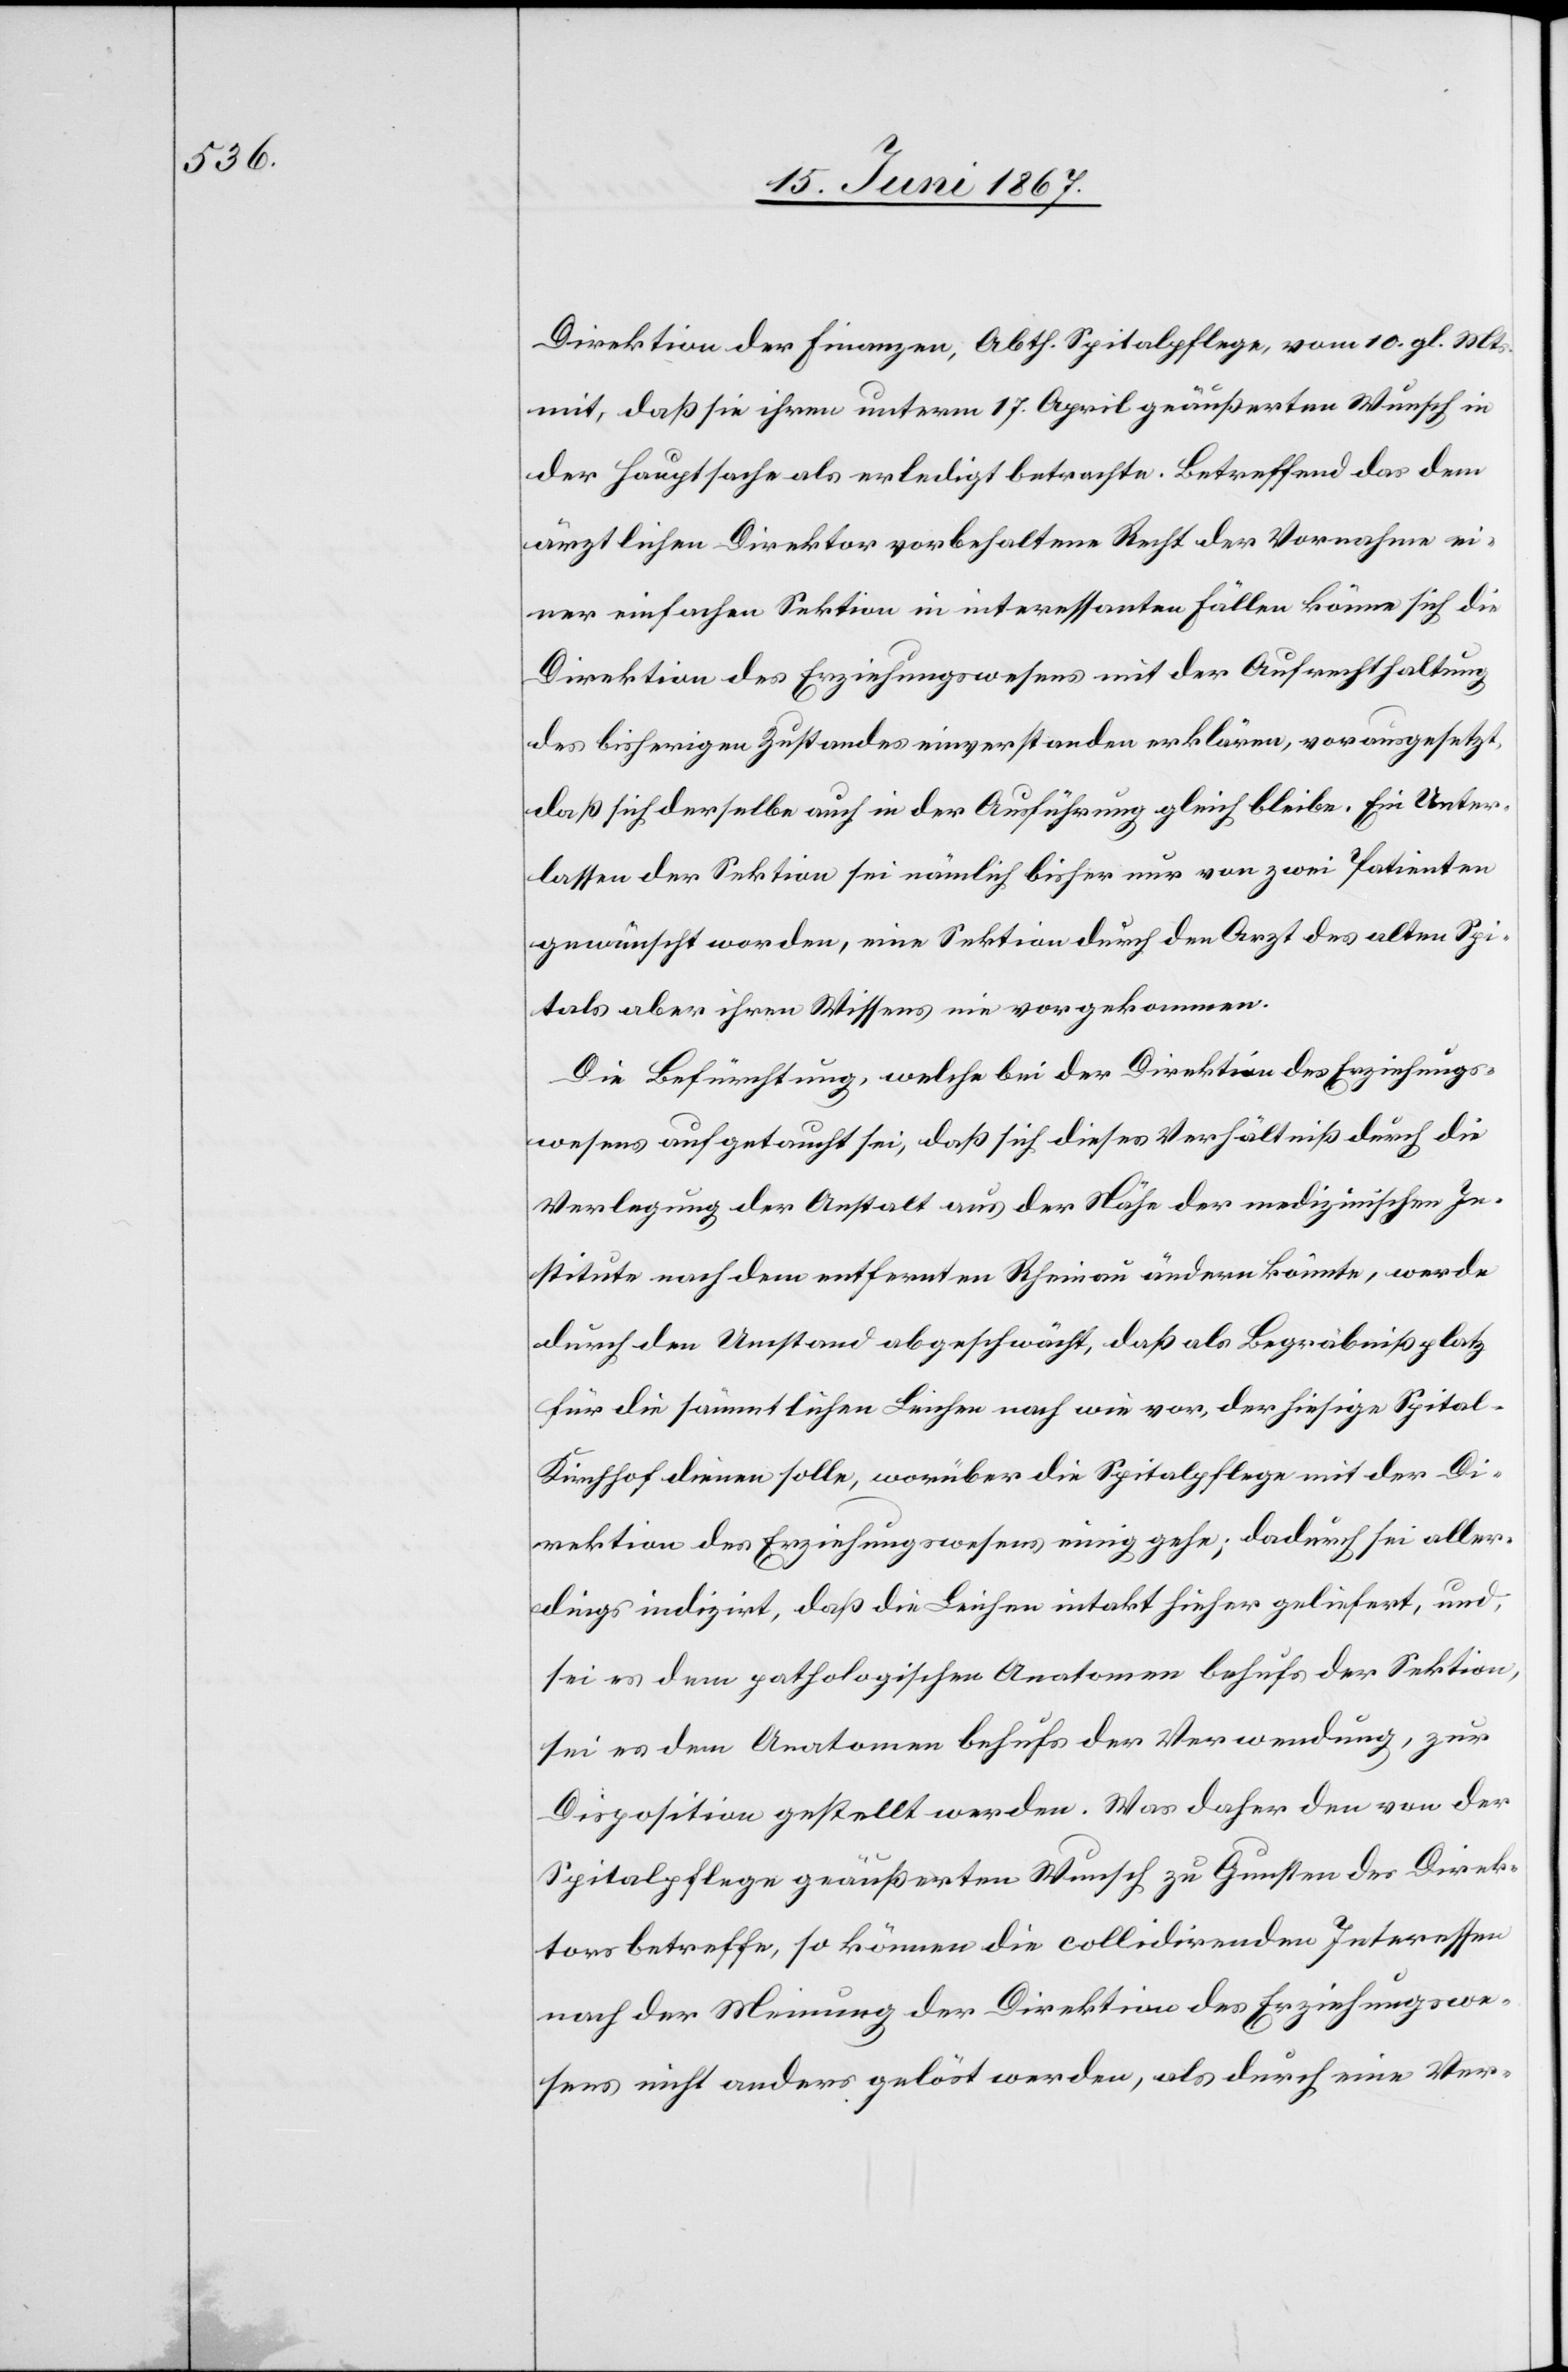
Direktion der Finanzen, Abth. Spitalpflege, vom 10. gl. Mts.
mit, daß sie ihren unterm 17. April geäußerten Wunsch in
der Hauptsache als erledigt betrachte. Betreffend das dem
ärztlichen Direktor vorbehaltene Recht der Vornahme ei¬
ner einfachen Sektion in interessanten Fällen könne sich die
Direktion des Erziehungswesens mit der Aufrechthaltung
des bisherigen Zustandes einverstanden erklären, vorausgesetzt
daß sich derselbe auch in der Ausführung gleich bleibe. Ein Unter¬
lassen der Sektion sei nämlich bisher nur von zwei Patienten
gewünscht worden, eine Sektion durch den Arzt des alten Spi¬
tals aber ihren Wissens nie vorgekommen.
Die Befürchtung, welche bei der Direktion des Erziehungs¬
wesens aufgetaucht sei, daß sich dieses Verhältniß durch die
Verlegung der Anstalt aus der Nähe der medizinischen In¬
stitute nach dem entfernten Rheinau ändern könnte, werde
durch den Umstand abgeschwächt, daß als Begräbnißplatz
für die sämmtlichen Leichen nach wie vor, der hiesige Spital-K¬
irchhof dienen solle, worüber die Spitalpflege mit der Di¬
rektion des Erziehungswesens einig gehe; dadurch sei aller¬
dings indizirt, daß die Leichen intakt hieher geliefert, und,
sei es dem pathologischen Anatomen behufs der Sektion,
sei es dem Anatomen behufs der Verwendung, zur
Disposition gestellt werde. Was daher den von der
Spitalpflege geäußerten Wunsche zu Gunsten des Direk¬
tors betreffe, so können die collidirenden Interessen
nach der Meinung der Direktion des Erziehungswe¬
sens nicht anders gelöst werden, als durch eine Ver-